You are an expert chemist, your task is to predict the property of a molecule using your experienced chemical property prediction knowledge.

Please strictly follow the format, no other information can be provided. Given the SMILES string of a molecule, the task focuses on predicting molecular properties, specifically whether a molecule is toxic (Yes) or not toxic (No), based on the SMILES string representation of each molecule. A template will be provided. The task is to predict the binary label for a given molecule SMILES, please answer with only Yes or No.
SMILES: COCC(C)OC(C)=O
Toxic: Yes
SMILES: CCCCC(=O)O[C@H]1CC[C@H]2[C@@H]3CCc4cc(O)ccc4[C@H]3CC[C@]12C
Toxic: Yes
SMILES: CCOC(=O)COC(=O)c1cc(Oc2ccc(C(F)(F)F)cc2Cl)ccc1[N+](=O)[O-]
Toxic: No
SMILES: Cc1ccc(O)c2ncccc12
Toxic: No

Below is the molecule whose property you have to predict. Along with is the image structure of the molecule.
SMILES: CC(=O)c1ccc(Cl)c(Cl)c1Cl
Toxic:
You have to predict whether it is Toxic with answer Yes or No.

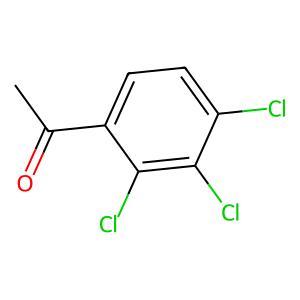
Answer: No